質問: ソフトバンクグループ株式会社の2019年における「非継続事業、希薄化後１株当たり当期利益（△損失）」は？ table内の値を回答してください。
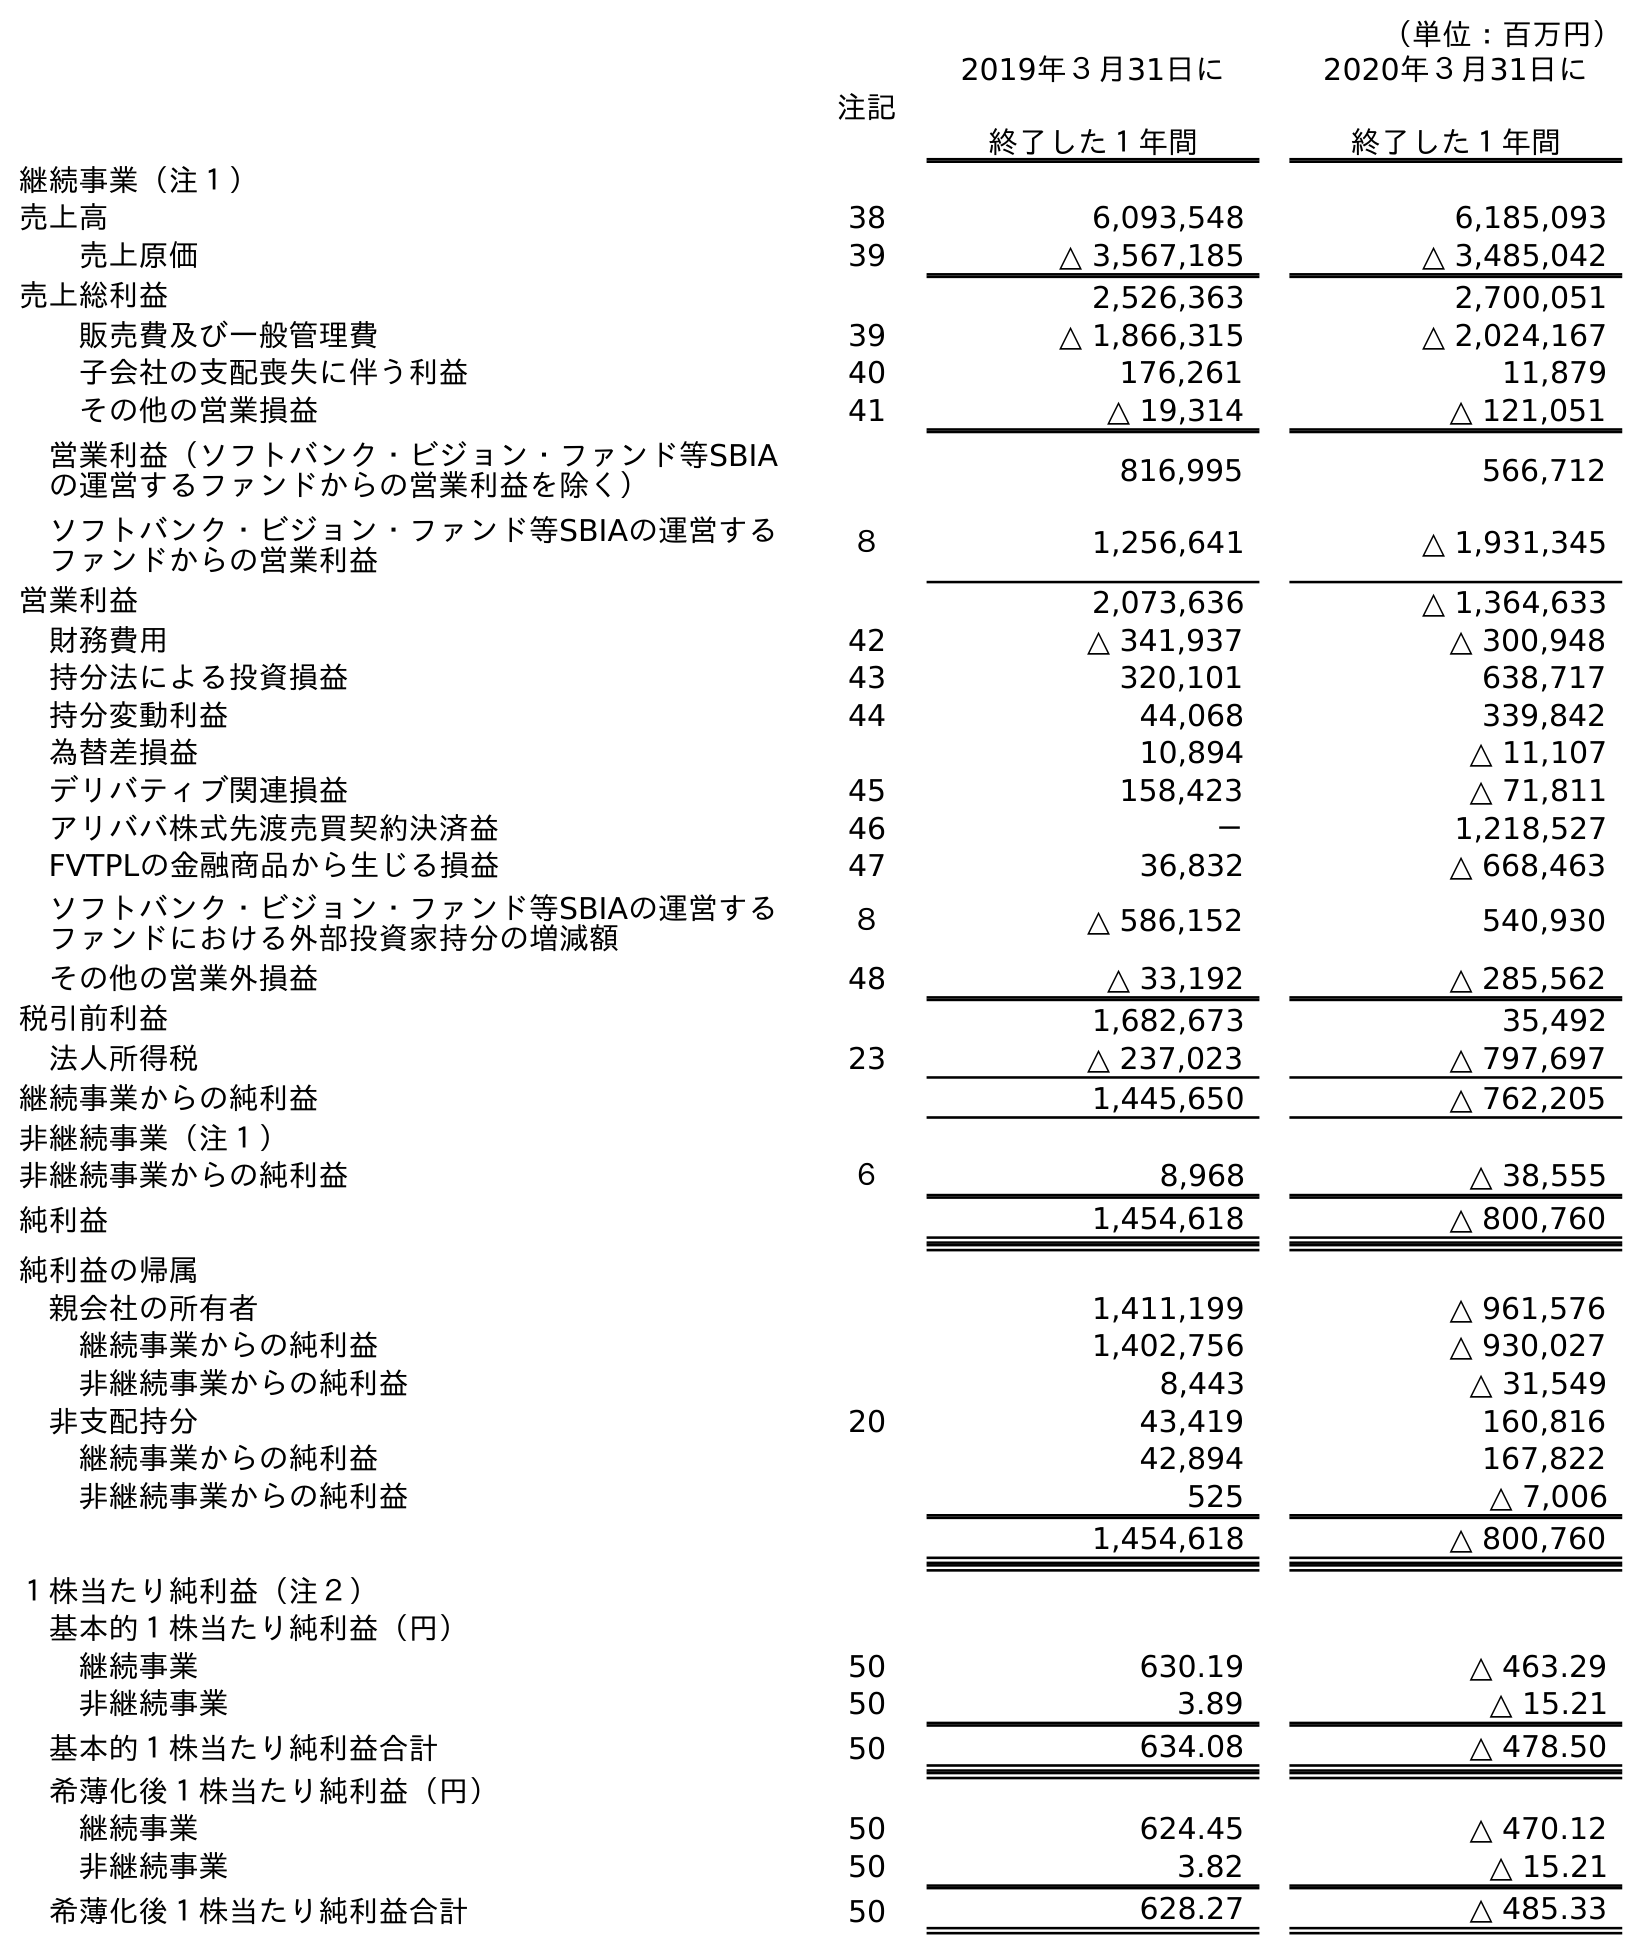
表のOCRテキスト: （単位：百万円） 注記 2019年３月31日に 終了した１年間 2020年３月31日に 終了した１年間 継続事業（注１） 売上高 38 6,093,548 6,185,093 売上原価 39 △ 3,567,185 △ 3,485,042 売上総利益 2,526,363 2,700,051 販売費及び一般管理費 39 △ 1,866,315 △ 2,024,167 子会社の支配喪失に伴う利益 40 176,261 11,879 その他の営業損益 41 △ 19,314 △ 121,051 営業利益（ソフトバンク・ビジョン・ファンド等SBIA の運営するファンドからの営業利益を除く） 816,995 566,712 ソフトバンク・ビジョン・ファンド等SBIAの運営する ファンドからの営業利益 ８ 1,256,641 △ 1,931,345 営業利益 2,073,636 △ 1,364,633 財務費用 42 △ 341,937 △ 300,948 持分法による投資損益 43 320,101 638,717 持分変動利益 44 44,068 339,842 為替差損益 10,894 △ 11,107 デリバティブ関連損益 45 158,423 △ 71,811 アリババ株式先渡売買契約決済益 46 － 1,218,527 FVTPLの金融商品から生じる損益 47 36,832 △ 668,463 ソフトバンク・ビジョン・ファンド等SBIAの運営する ファンドにおける外部投資家持分の増減額 ８ △ 586,152 540,930 その他の営業外損益 48 △ 33,192 △ 285,562 税引前利益 1,682,673 35,492 法人所得税 23 △ 237,023 △ 797,697 継続事業からの純利益 1,445,650 △ 762,205 非継続事業（注１） 非継続事業からの純利益 ６ 8,968 △ 38,555 純利益 1,454,618 △ 800,760 純利益の帰属 親会社の所有者 1,411,199 △ 961,576 継続事業からの純利益 1,402,756 △ 930,027 非継続事業からの純利益 8,443 △ 31,549 非支配持分 20 43,419 160,816 継続事業からの純利益 42,894 167,822 非継続事業からの純利益 525 △ 7,006 1,454,618 △ 800,760 １株当たり純利益（注２） 基本的１株当たり純利益（円） 継続事業 50 630.19 △ 463.29 非継続事業 50 3.89 △ 15.21 基本的１株当たり純利益合計 50 634.08 △ 478.50 希薄化後１株当たり純利益（円） 継続事業 50 624.45 △ 470.12 非継続事業 50 3.82 △ 15.21 希薄化後１株当たり純利益合計 50 628.27 △ 485.33
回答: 3.82